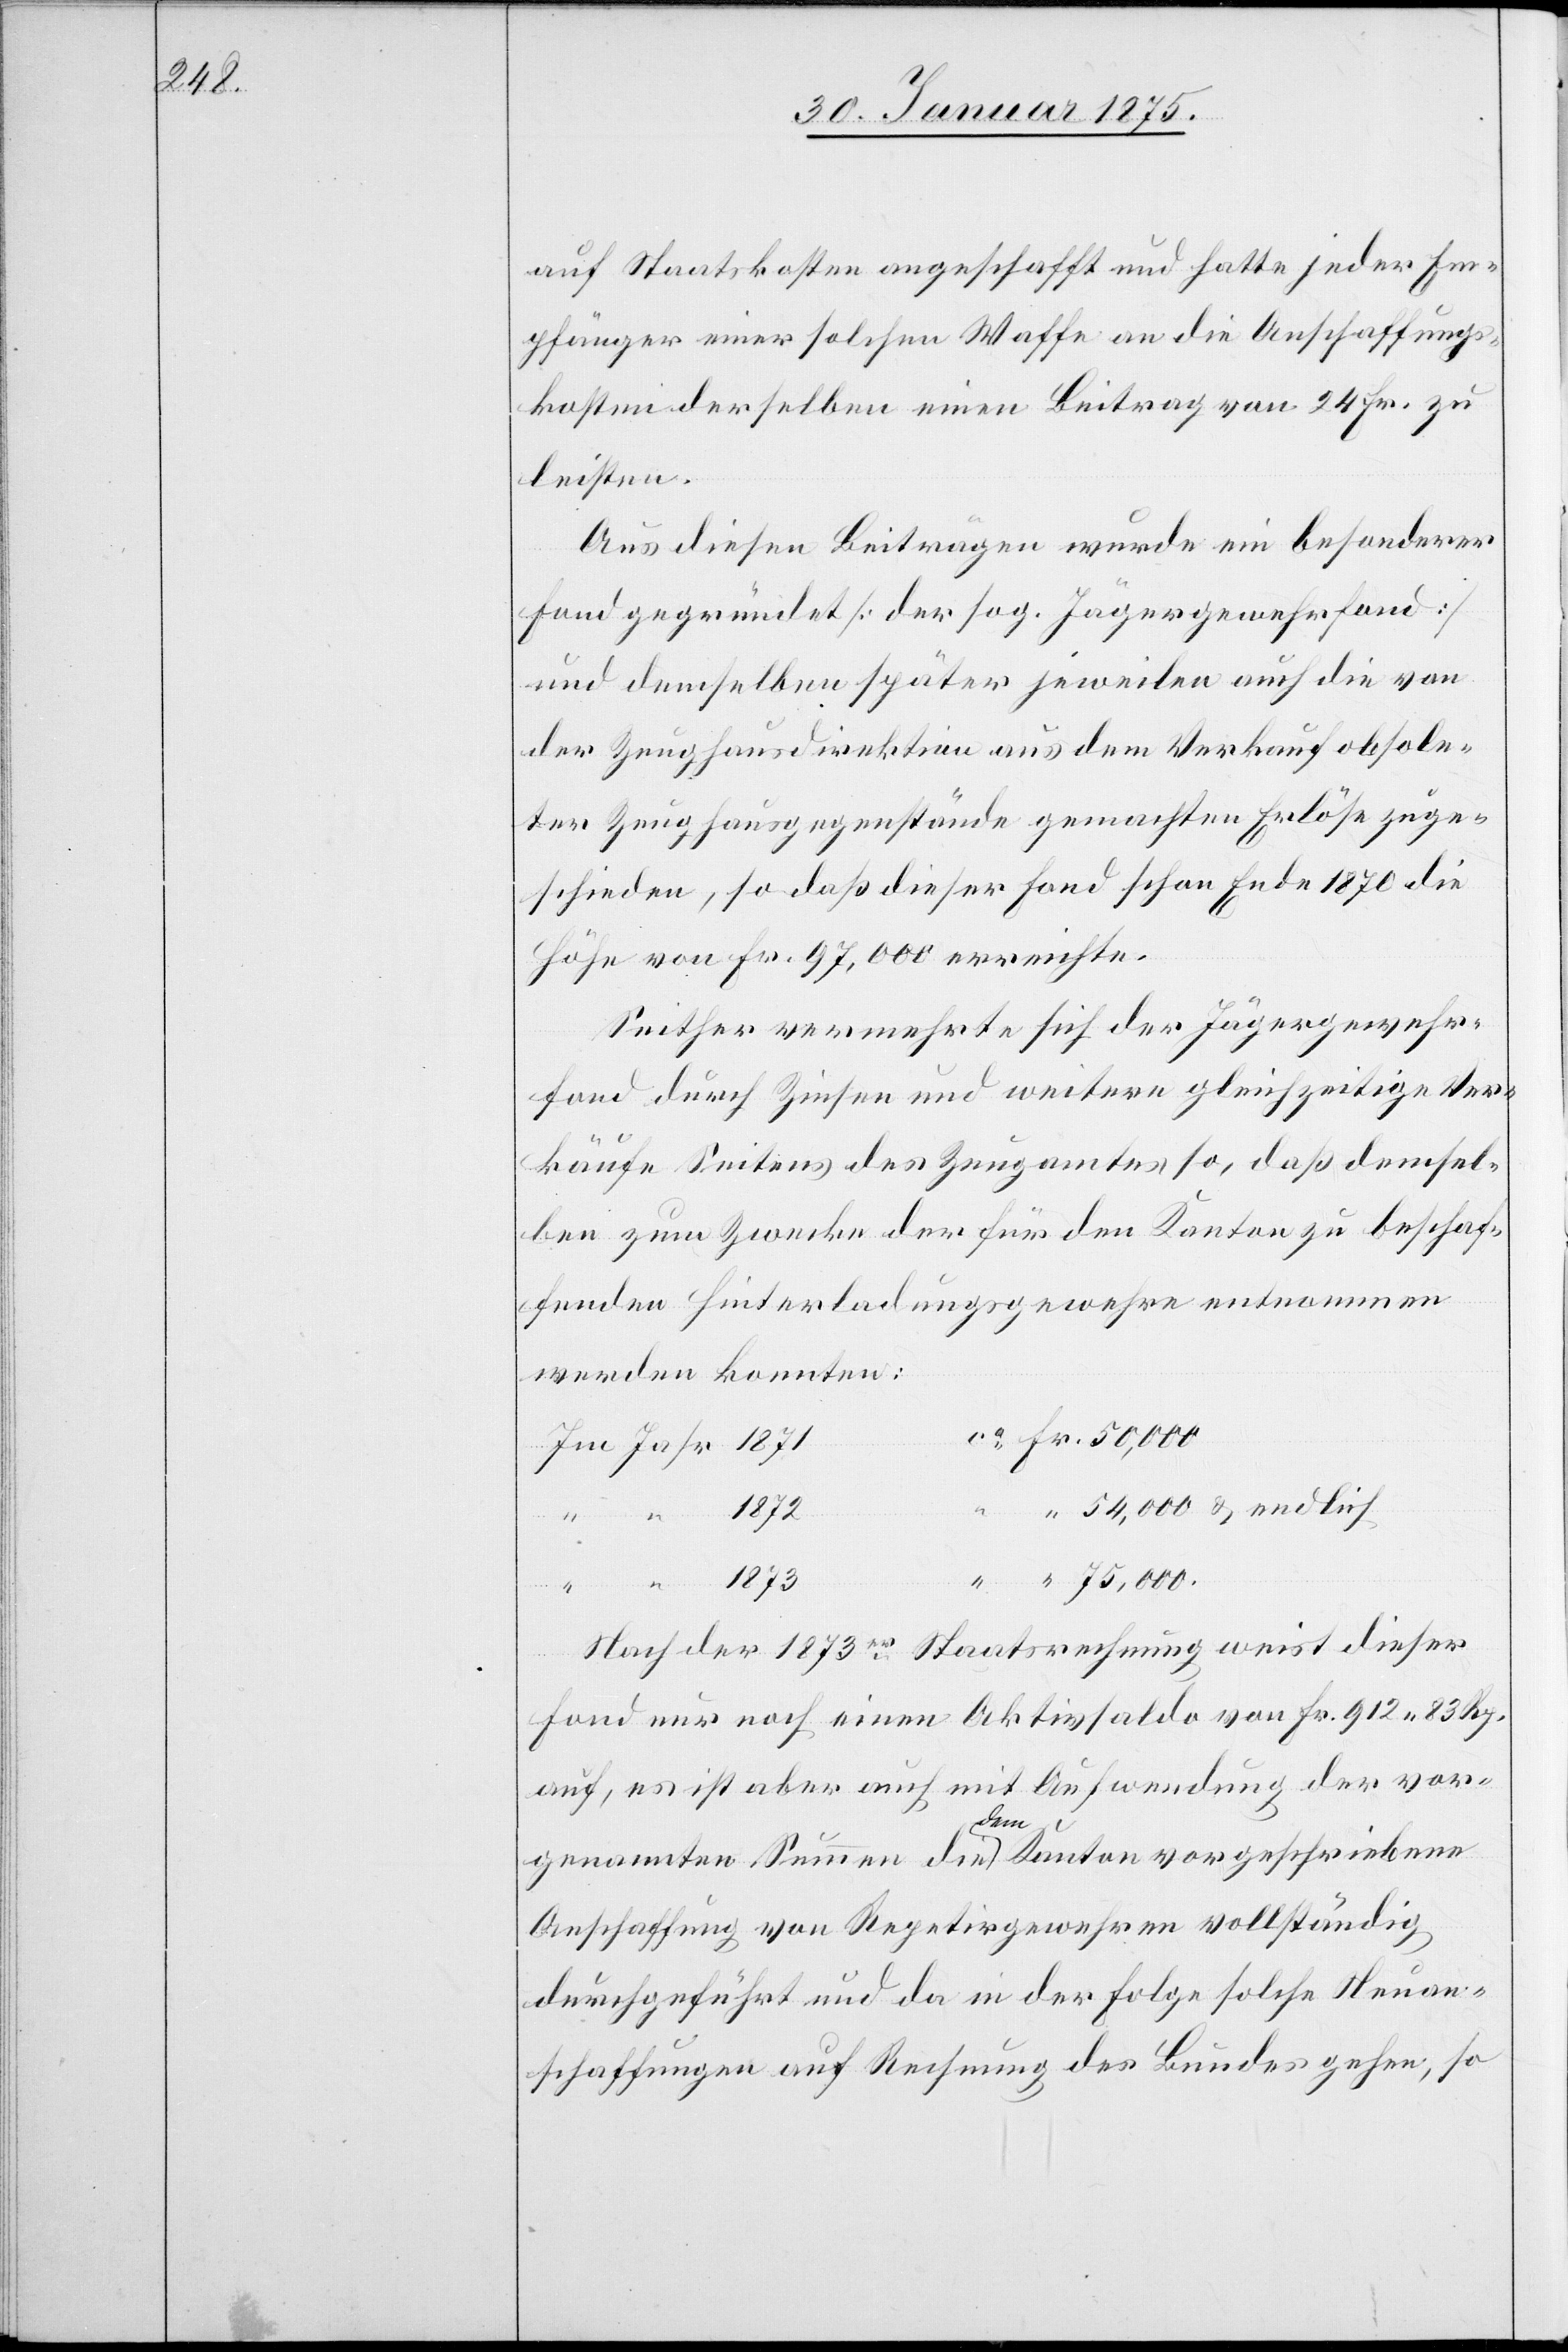
auf Staatskosten angeschafft und hatte jeder Em¬
pfänger einer solchen Waffe an die Anschaffungs¬
kosten derselben einen Beitrag von 24 Fr. zu
leisten.
Aus diesen Beiträgen wurde ein besonderer
Fond gegründet (der sog. Jägergewehrfond)
und demselben später jeweilen auch die von
der Zeughausdirektion aus dem Verkauf obsole¬
ter Zeughausgegenstände gemachten Erlöse zuge¬
schieden, so daß dieser Fond schon Ende 1870 die
Höhe von Fr. 97,000 erreichte.
Seither vermehrte sich der Jägergewehr¬
fond durch Zinsen und weitere gleichzeitige Ver¬
käufe Seitens des Zeugamtes so, daß demsel¬
ben zum Zwecke der für den Kanton zu beschaf¬
fenden Hinterladungsgewehre entnommen
werden konnten:
54,00 & endlich
1873
Nach der 1873er Staatsrechnung weist dieser
Fond nur noch einen Aktivsaldo von Fr. 912. 83 Rp.
auf, es ist aber auch mit Aufwendung der vor¬
genannten Summen die a-dem-a Kanton vorgeschriebene
Anschaffung von Repetiergewehren vollständig
durchgeführt und da in der Folge solche Neuan¬
schaffungen auf Rechnung des Bundes gehen, so